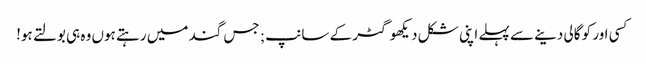
کسی اور کو گالی دینے سے پہلے اپنی شکل دیکھو گٹر کے سانپ; جس گند میں رہتے ہوں وہ ہی بولتے ہو!